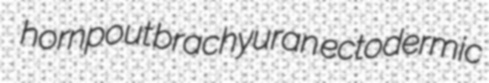
hornpout brachyuran ectodermic